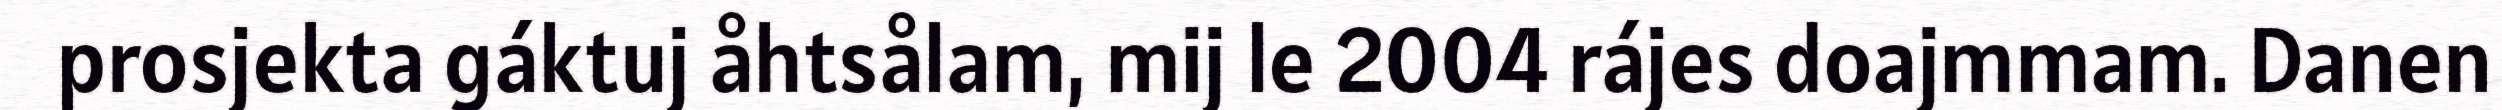
prosjekta gáktuj åhtsålam, mij le 2004 rájes doajmmam. Danen